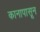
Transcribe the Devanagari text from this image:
कानापासून